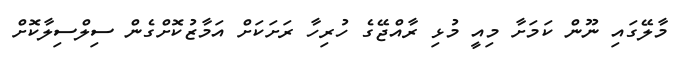
މާލޭގައި ނޫން ކަމަށާ މިއީ މުޅި ރާއްޖޭގެ ހުރިހާ ރަށަކަށް އަމާޒުކޮށްގެން ސިލްސިލާކޮށް